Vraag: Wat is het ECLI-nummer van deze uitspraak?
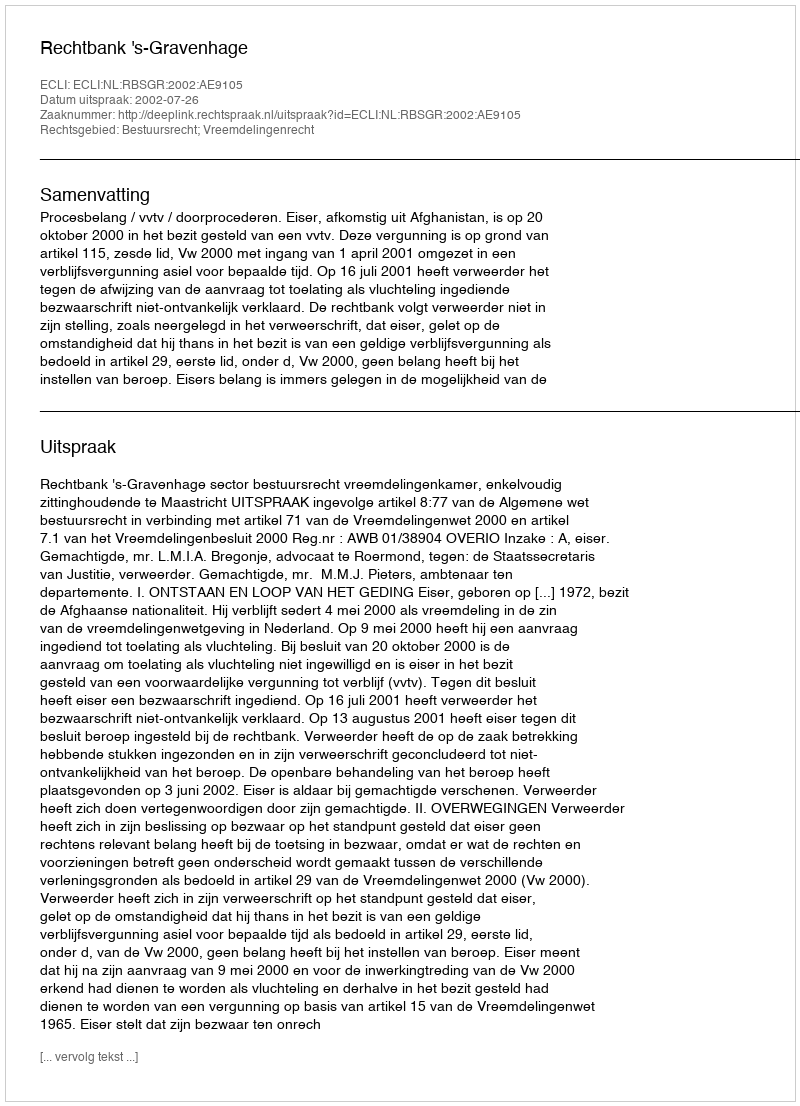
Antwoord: ECLI:NL:RBSGR:2002:AE9105